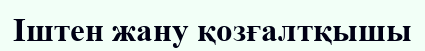
Іштен жану қозғалтқышы